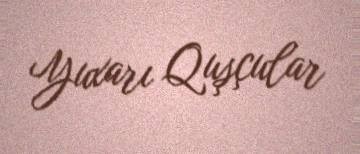
Yuxarı Quşçular